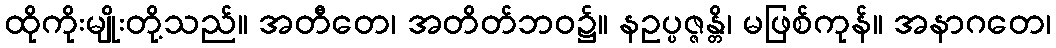
ထိုကိုးမျိုးတို့သည်။ အတီတေ၊ အတိတ်ဘဝ၌။ နဥပ္ပဇ္ဇန္တိ၊ မဖြစ်ကုန်။ အနာဂတေ၊